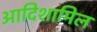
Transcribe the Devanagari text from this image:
आदिशामिल